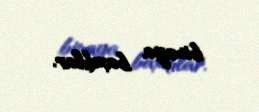
binaya baxdılar.